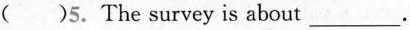
( )5. The survey is about ___